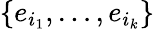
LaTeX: \{ e_{i_{1}},\ldots,e_{i_{k}}\}